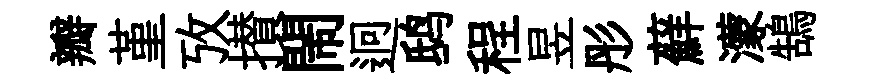
瓣堇攷攅閙迥鸱程昱彤蘚濛鵠